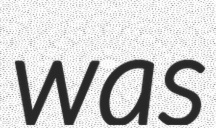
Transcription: was